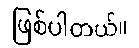
ဖြစ်ပါတယ်။